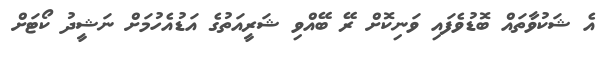
އެ ޝަކުވާތައް ބޮޑުވެފައި ވަނިކޮށް ރޭ ބޭއްވި ޝަރީއަތުގެ އަޑުއެހުމަށް ނަޝީދު ކޯޓަށް